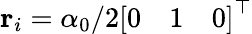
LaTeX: \mathbf{r}_{i}=\alpha_{0}/2\left[\begin{array}{lll}{0}&{1}&{0}\end{array}\right]^{\top}